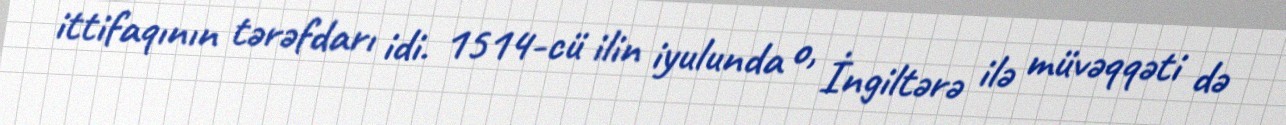
ittifaqının tərəfdarı idi. 1514-cü ilin iyulunda o, İngiltərə ilə müvəqqəti də